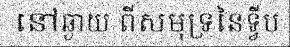
នៅឆ្ងាយ ពីសមុទ្រនៃទ្វីប